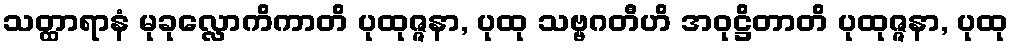
သတ္ထာရာနံ မုခုလ္လောကိကာတိ ပုထုဇ္ဇနာ, ပုထု သဗ္ဗဂတီဟိ အဝုဋ္ဌိတာတိ ပုထုဇ္ဇနာ, ပုထု